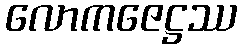
လောကဇေဋ္ဌဿ